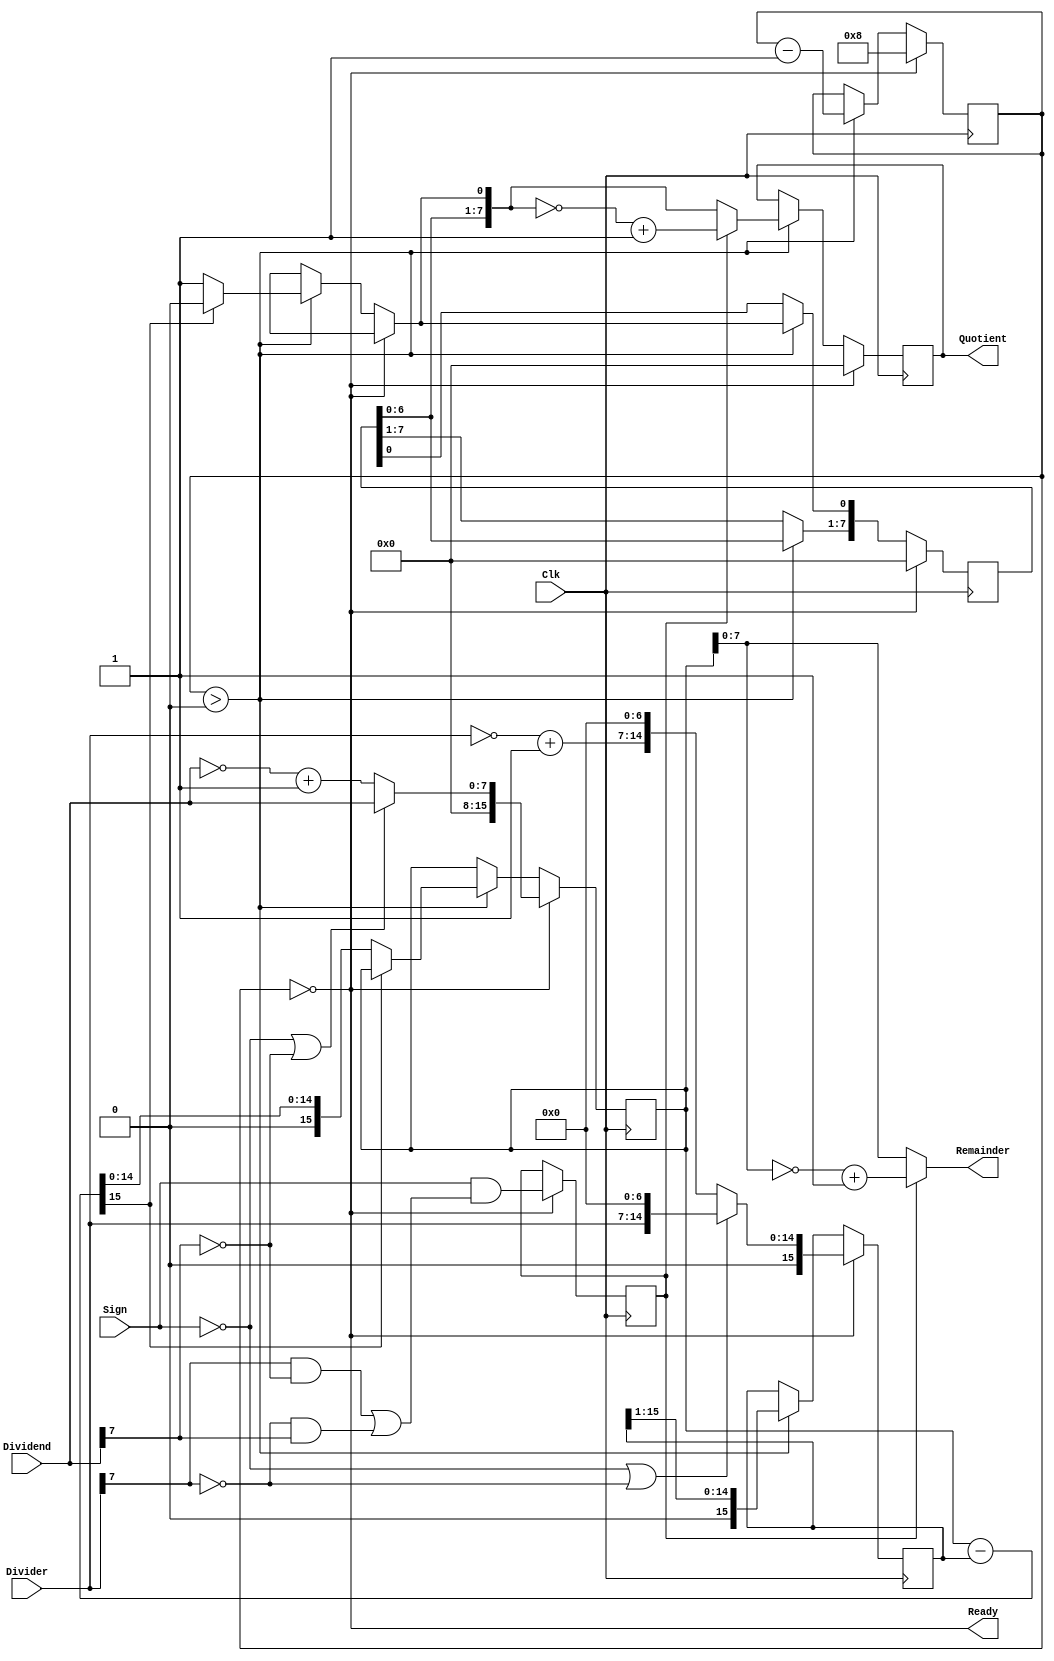
`timescale 1ns / 1ps
`ifndef LIB_STYCZYNSKI_SIGN_DIVIDER_V
`define LIB_STYCZYNSKI_SIGN_DIVIDER_V

/*
 * Piotr Styczyski @styczynski
 * Verilog Components Library
 *
 * Divider for integer division.
 * Integers are INPUT_BIT_WIDTH bits width.
 * The divider supports signed and unsigned inputs.
 *
 * If you want to use only unisgned mode please set input Sign to 0.
 * If you want to use signed mode please set input Sign to 1.
 * 
 *
 * MIT License
 */
module SignDivider
#(
    parameter INPUT_BIT_WIDTH = 8
)
(
    input wire Clk,
    input wire Sign,
    input wire [INPUT_BIT_WIDTH-1:0] Dividend,
    input wire [INPUT_BIT_WIDTH-1:0] Divider,
    output reg [INPUT_BIT_WIDTH-1:0] Quotient,
    output wire [INPUT_BIT_WIDTH-1:0] Remainder,
    output wire Ready
);

    reg [INPUT_BIT_WIDTH-1:0] QuotientBuf;
    reg [INPUT_BIT_WIDTH*2-1:0] DividendBuf;
    reg [INPUT_BIT_WIDTH*2-1:0] DividerBuf;
    reg [INPUT_BIT_WIDTH*2-1:0] Diff;
    reg [5:0] Bit; 
    reg OutputNegative;

    assign Ready = !Bit;
    assign Remainder = (!OutputNegative)?
      (DividendBuf[INPUT_BIT_WIDTH-1:0]):
      (~DividendBuf[INPUT_BIT_WIDTH-1:0] + 1'b1);


    initial Bit = 0;
    initial OutputNegative = 0;

    always @(posedge Clk)
        if(Ready)
            begin
                Bit = INPUT_BIT_WIDTH;
                Quotient = 0;
                QuotientBuf = 0;
                DividendBuf = (!Sign || !Dividend[INPUT_BIT_WIDTH-1])?
                    (
                        {{INPUT_BIT_WIDTH{1'd0}},Dividend}
                    ):( 
                        {{INPUT_BIT_WIDTH{1'd0}},~Dividend + 1'b1}
                    );
                DividerBuf = (!Sign || !Divider[INPUT_BIT_WIDTH-1])?
                    (
                        {1'b0,Divider,{(INPUT_BIT_WIDTH-1){1'd0}}}
                    ):( 
                        {1'b0,~Divider + 1'b1,{(INPUT_BIT_WIDTH-1){1'd0}}}
                    );

                OutputNegative = (
                        Sign &&
                        (
                            (Divider[INPUT_BIT_WIDTH-1] && !Dividend[INPUT_BIT_WIDTH-1]) 
                            || (!Divider[INPUT_BIT_WIDTH-1] && Dividend[INPUT_BIT_WIDTH-1])
                        )
                    );
        end 
        else if(Bit > 0)
            begin
                Diff = DividendBuf - DividerBuf;
                QuotientBuf = QuotientBuf << 1;

                if(!Diff[INPUT_BIT_WIDTH*2-1])
                    begin
                        DividendBuf = Diff;
                        QuotientBuf[0] = 1'd1;
                    end

                Quotient = (!OutputNegative)?
                    (QuotientBuf):
                    (~QuotientBuf + 1'b1);

                DividerBuf = DividerBuf >> 1;
                Bit = Bit - 1'b1;
        end
endmodule

`endif